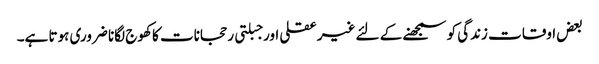
بعض اوقات زندگی کو سمجھنے کے لئے غیرعقلی اور جبلتی رحجانات کا کھوج لگانا ضروری ہوتا ہے۔